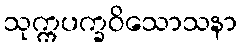
သုက္ကပက္ခဝိသောသနာ